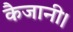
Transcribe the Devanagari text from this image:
कैजानी।